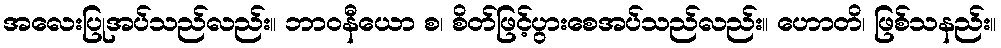
အလေးပြုအပ်သည်လည်း။ ဘာဝနီယော စ၊ စိတ်ဖြင့်ပွားစေအပ်သည်လည်း။ ဟောတိ၊ ဖြစ်သနည်း။